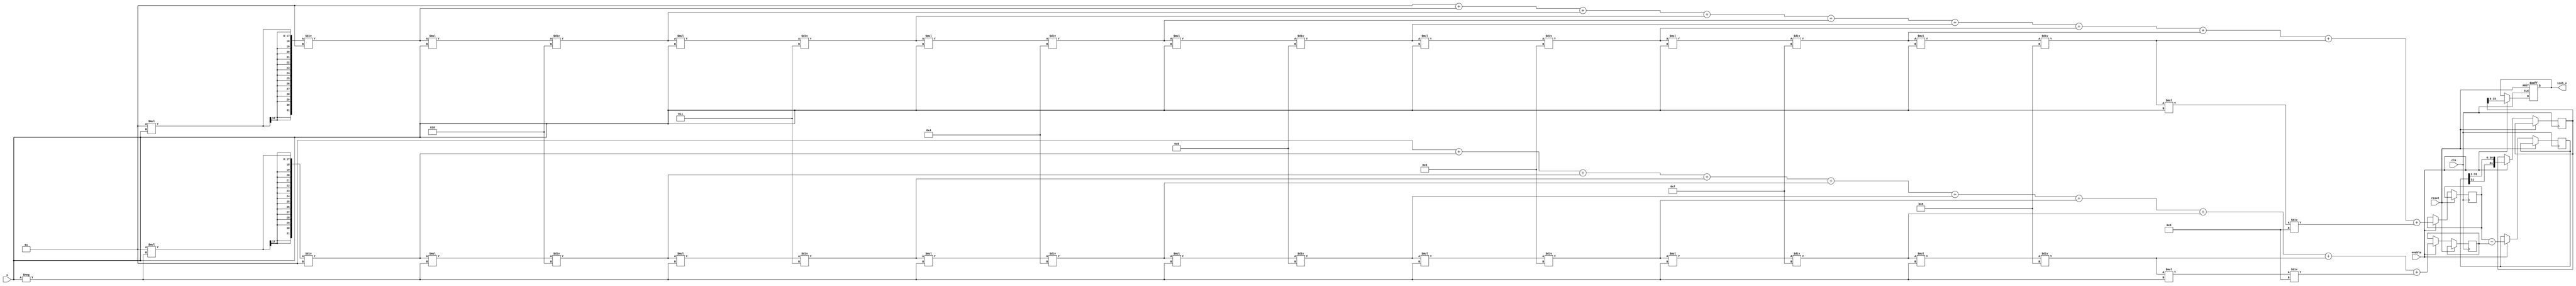
module sinh_block (
    input wire clk,
    input wire reset,
    input wire enable,
    input wire signed [15:0] x, // Input x (fixed-point representation)
    output reg signed [15:0] sinh_x // Output sinh(x)
);

    // Internal signals
    wire signed [31:0] exp_x;         // e^x
    wire signed [31:0] exp_neg_x;     // e^(-x)
    wire signed [31:0] exp_diff;      // e^x - e^(-x)
    reg signed [31:0] result;          // Result of sinh calculation

    // Exponentiation approximation using Taylor series
    function signed [31:0] exp_approx;
        input signed [15:0] value;
        integer i;
        reg signed [31:0] term;
        reg signed [31:0] sum;
        begin
            sum = 32'd1; // e^0 = 1
            term = 32'd1; // First term (x^0 / 0!)
            for (i = 1; i < 10; i = i + 1) begin
                term = (term * value) / i; // x^i / i!
                sum = sum + term;
            end
            exp_approx = sum;
        end
    endfunction

    // Main computation block
    always @(posedge clk or posedge reset) begin
        if (reset) begin
            sinh_x <= 16'd0;
        end else if (enable) begin
            exp_x <= exp_approx(x);              // Calculate e^x
            exp_neg_x <= exp_approx(-x);         // Calculate e^(-x)
            exp_diff <= exp_x - exp_neg_x;       // Calculate e^x - e^(-x)
            result <= exp_diff >>> 1;             // Divide by 2 (using shift right)
            sinh_x <= result[15:0];               // Assign to output (16-bit)
        end
    end

endmodule